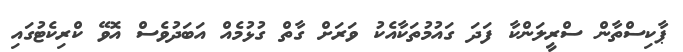
ޕާކިސްތާން ސްރީލަންކާ ފަދަ ގައުމުތަކާއެކު ވަރަށް ގާތް ގުޅުމެއް އަބަދުވެސް އޮވޭ ކްރިކެޓުގައި